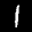
Label: 1